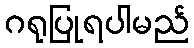
ဂရုပြုရပါမည်